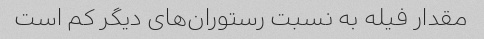
مقدار فیله به نسبت رستوران‌های دیگر کم است